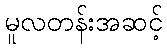
မူလတန်းအဆင့်